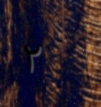
٢